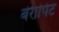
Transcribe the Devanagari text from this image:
बेरापिट